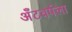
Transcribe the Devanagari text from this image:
अँटवर्पला